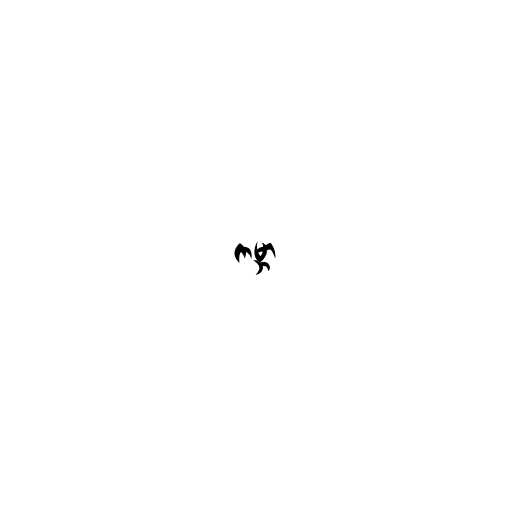
ကမ္ဘာ